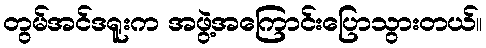
တွမ်အင်ဒရူးက အဖွဲ့အကြောင်းပြောသွားတယ်။